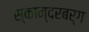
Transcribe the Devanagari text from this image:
स्कान्दरबर्ग